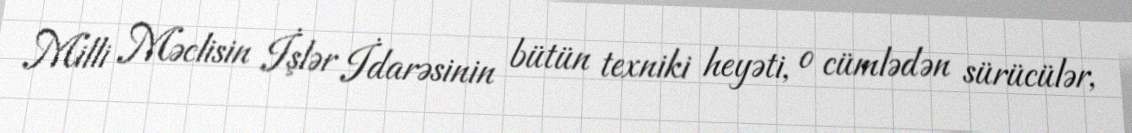
Milli Məclisin İşlər İdarəsinin bütün texniki heyəti, o cümlədən sürücülər,